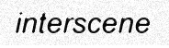
interscene